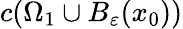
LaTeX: c(\Omega_{1}\cup B_{\varepsilon}(x_{0}))